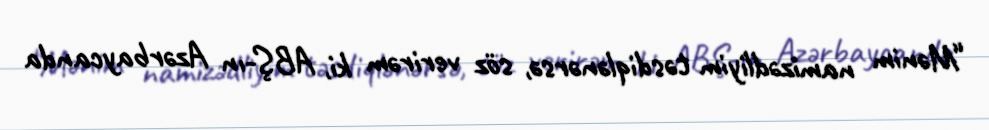
“Mənim namizədliyim təsdiqlənərsə, söz verirəm ki, ABŞ-ın Azərbaycanda